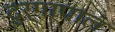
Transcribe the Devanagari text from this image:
दुर्गापाल